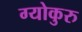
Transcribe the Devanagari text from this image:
ग्योकुरु